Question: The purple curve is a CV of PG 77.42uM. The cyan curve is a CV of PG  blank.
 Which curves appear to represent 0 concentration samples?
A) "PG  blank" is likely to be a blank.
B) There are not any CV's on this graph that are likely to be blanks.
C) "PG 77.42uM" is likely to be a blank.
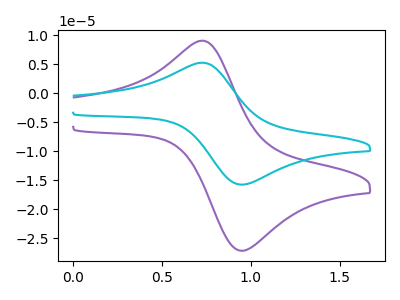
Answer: <think>The purple curve "PG 77.42uM" has an anodic peak at (0.75V, 9.05uA) and a cathodic peak at (0.95V, -27.15uA). The cyan curve "PG  blank" has an anodic peak at (0.75V, 5.25uA) and a cathodic peak at (0.95V, -15.75uA).</think>
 <answer>B) There are not any CV's on this graph that are likely to be blanks.</answer>
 <eval>B</eval>